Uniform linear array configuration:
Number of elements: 4
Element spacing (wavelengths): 0.75
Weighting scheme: exponential
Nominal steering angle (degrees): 60
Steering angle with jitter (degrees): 61.606
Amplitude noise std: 0.05
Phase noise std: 0.05

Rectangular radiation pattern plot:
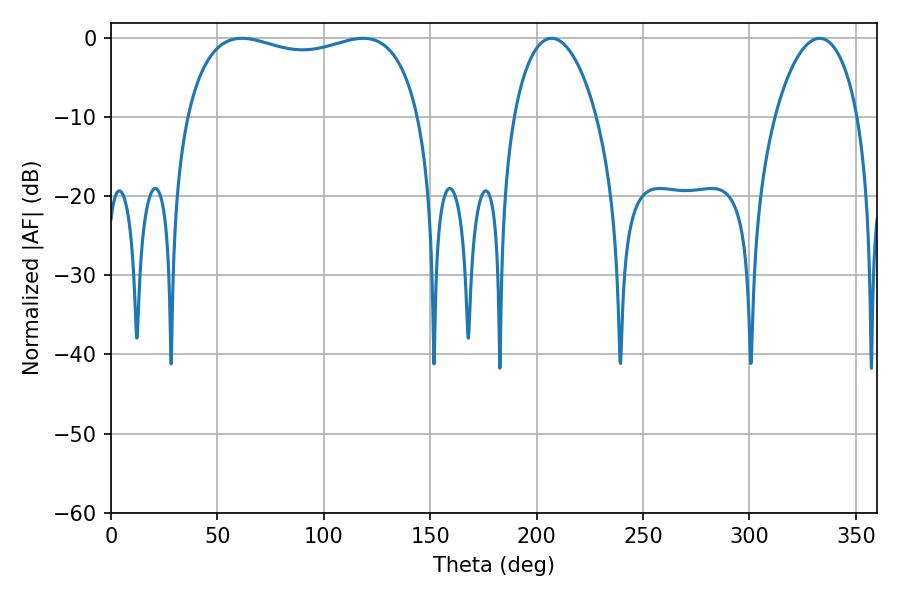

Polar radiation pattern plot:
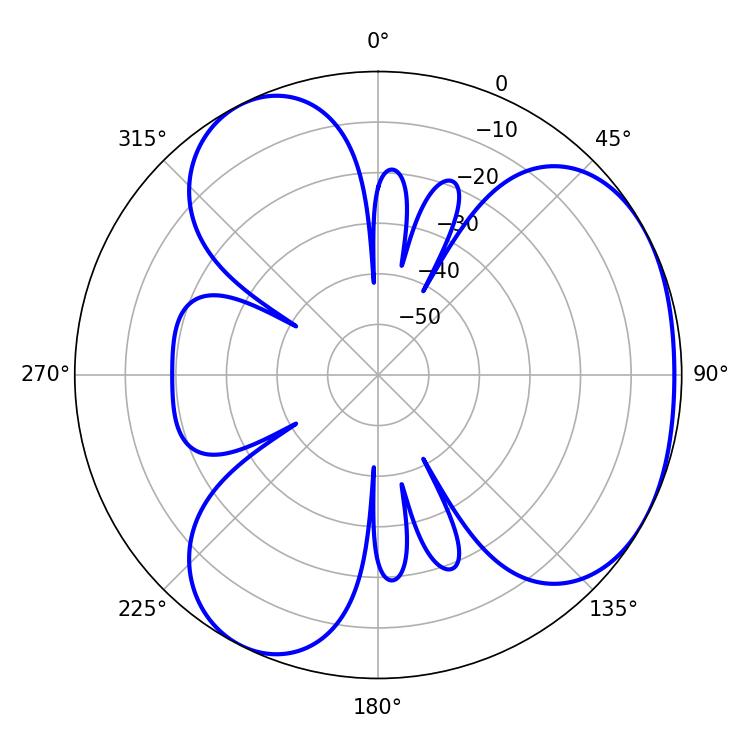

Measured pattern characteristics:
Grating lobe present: TRUE
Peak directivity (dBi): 3.631
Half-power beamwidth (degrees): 89.64
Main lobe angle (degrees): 61.56